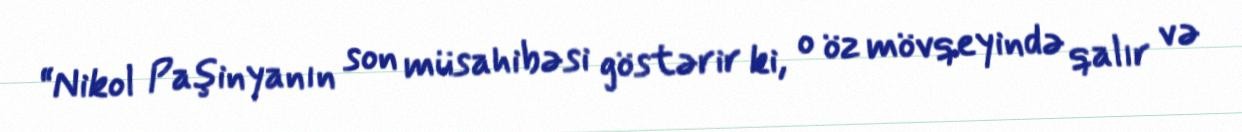
“Nikol Paşinyanın son müsahibəsi göstərir ki, o öz mövqeyində qalır və